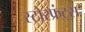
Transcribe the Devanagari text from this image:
स्टोरफ्रंट्स